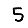
Digit: 5